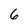
Character: 6